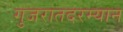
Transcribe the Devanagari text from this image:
गुजरातदरम्यान